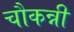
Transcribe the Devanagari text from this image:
चौकन्नी